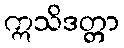
ဣသိဒတ္တာ